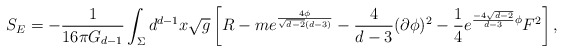
\begin{align*}S_{E} = - \frac{1}{16\pi G_{d-1}} \int_{\Sigma} d^{d-1}x \sqrt{g} \left[ R -m e^{\frac{4\phi}{\sqrt{d-2}(d-3)}} - \frac{4}{d-3}(\partial\phi)^2 - \frac{1}{4}e^{\frac{-4\sqrt{d-2}}{d-3} \phi}F^2 \right],\end{align*}